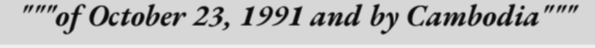
"""of October 23, 1991 and by Cambodia"""